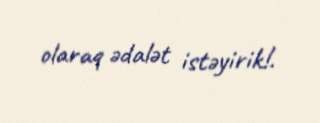
olaraq ədalət istəyirik!.